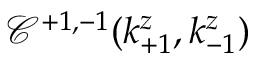
\mathcal { C } ^ { + 1 , - 1 } ( k _ { + 1 } ^ { z } , k _ { - 1 } ^ { z } )